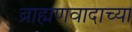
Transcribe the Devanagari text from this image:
ब्राह्मणवादाच्या